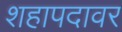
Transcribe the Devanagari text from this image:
शहापदावर